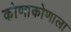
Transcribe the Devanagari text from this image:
कोणाकोणाला